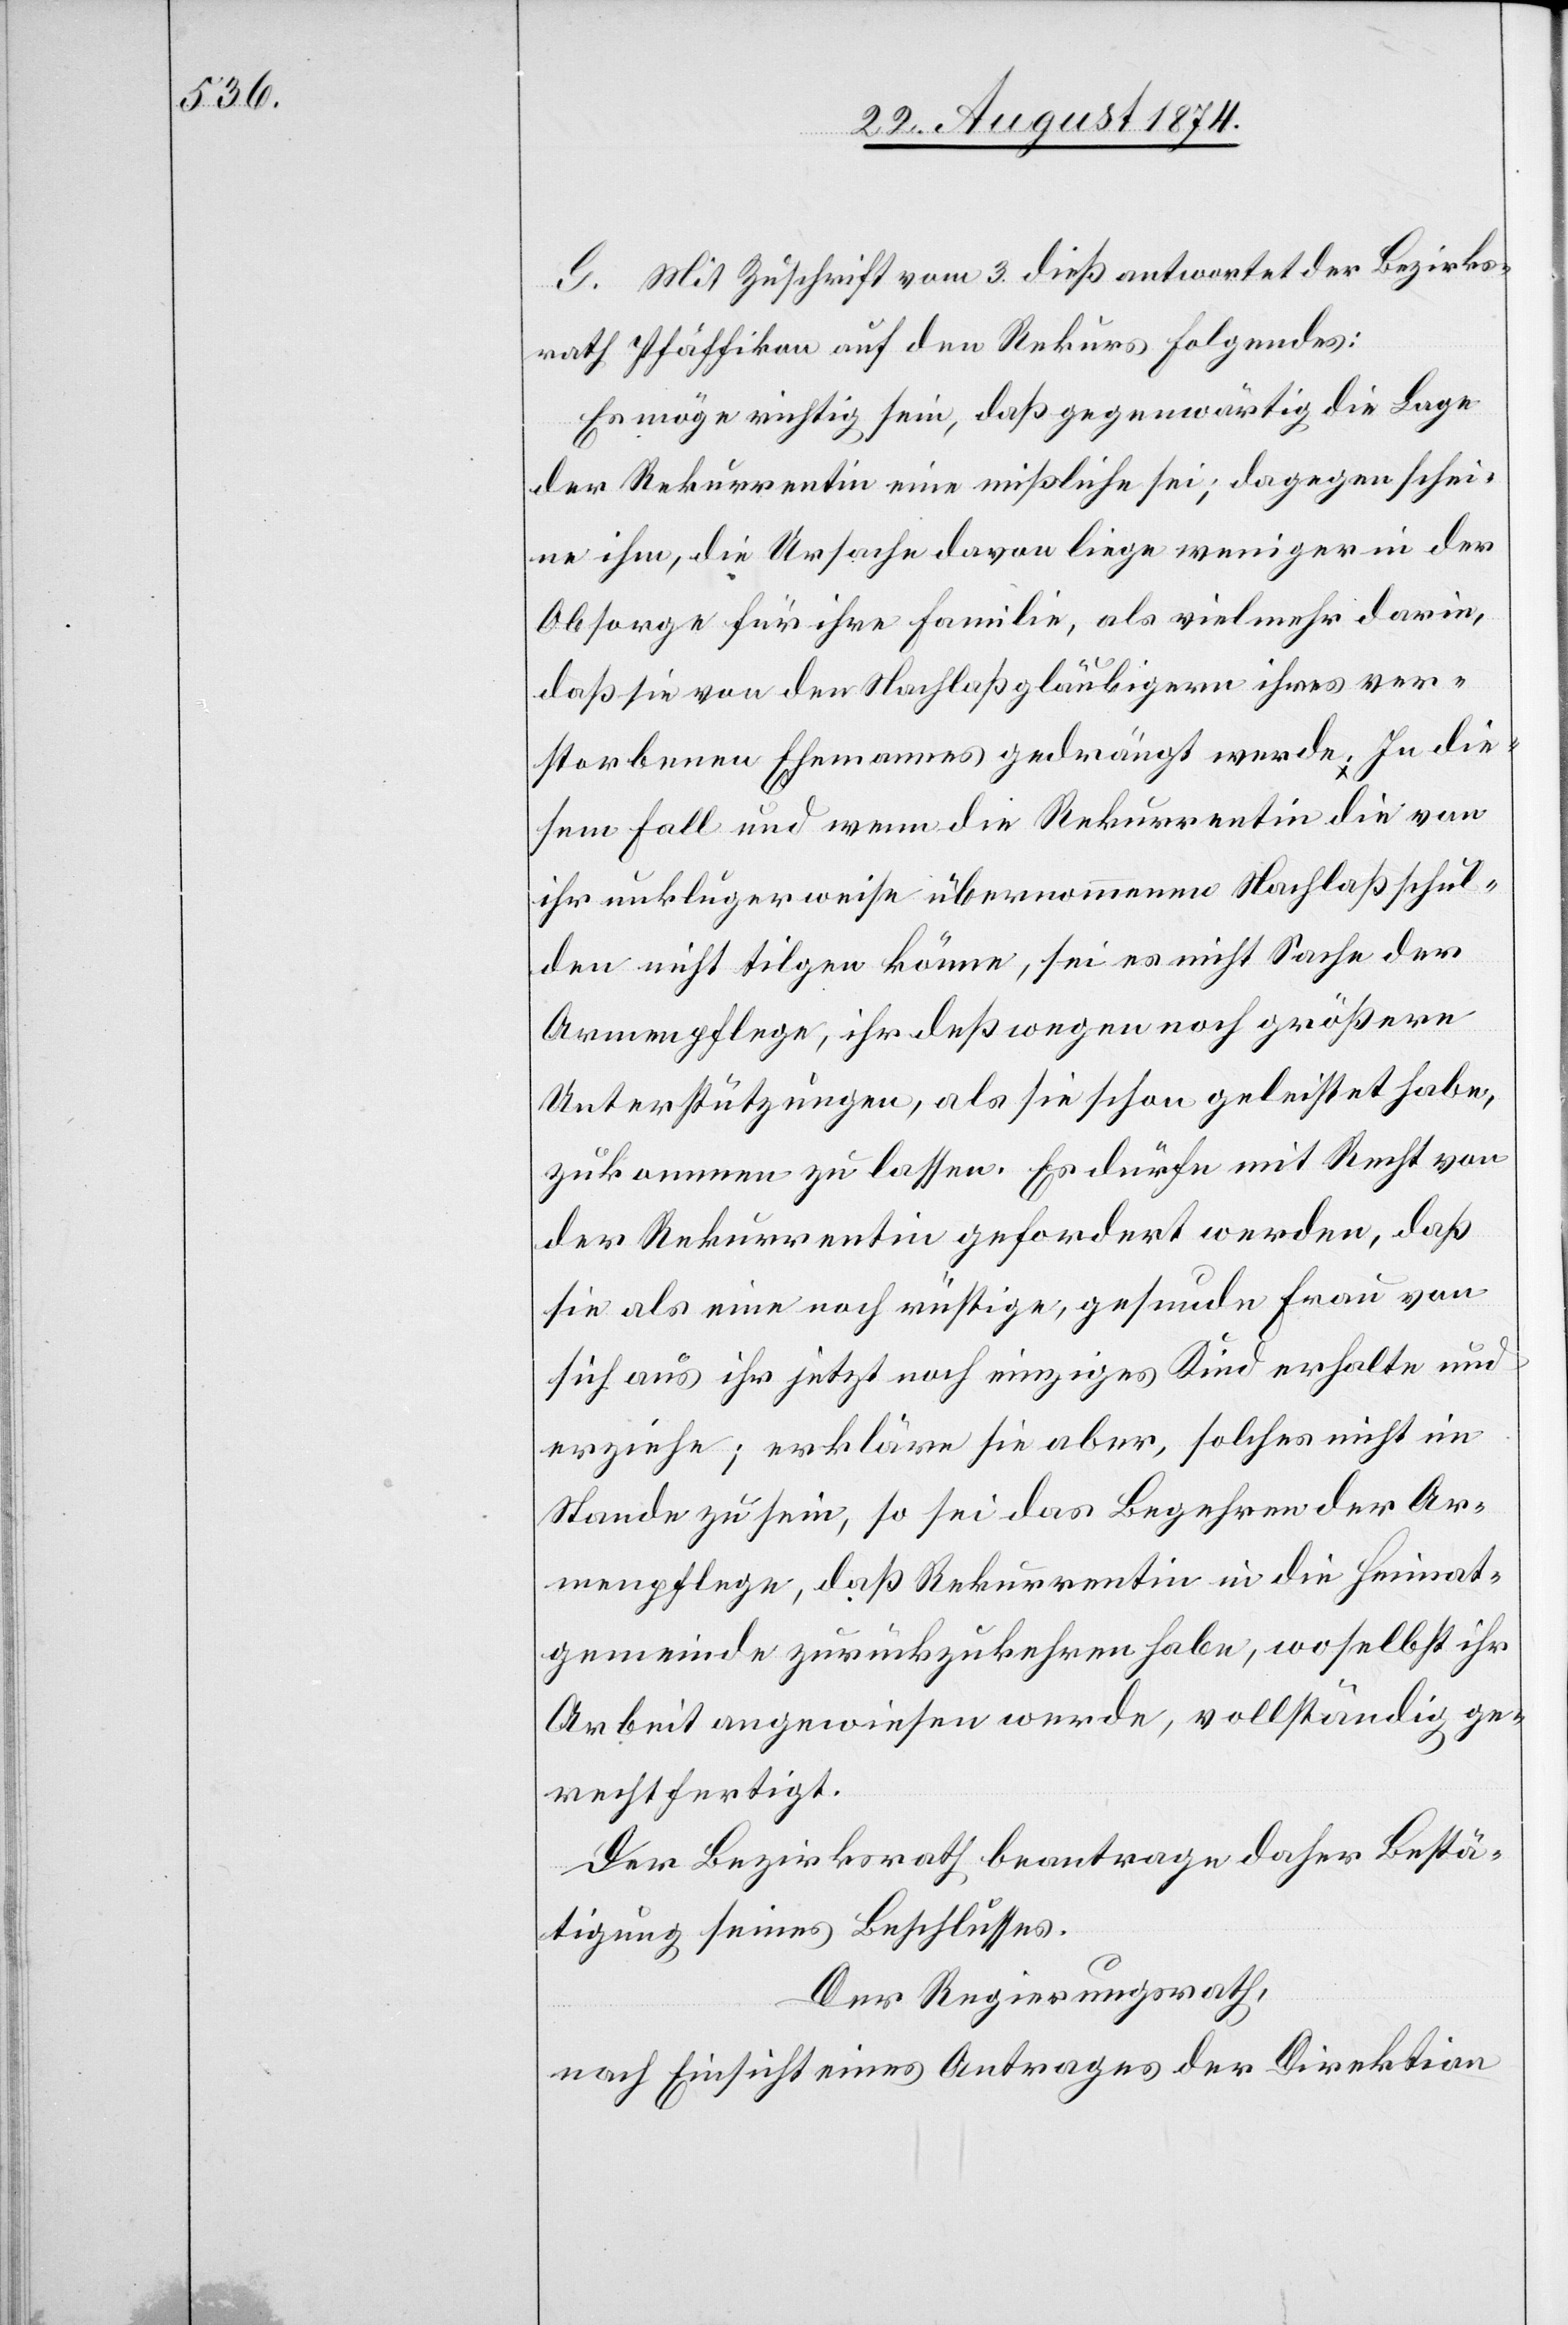
G. Mit Zuschrift vom 3. dieß antwortet der Bezirks¬
rath Pfäffikon auf den Rekurs Folgendes:
Es möge richtig sein, daß gegenwärtig die Lage
der Rekurrentin eine mißliche sei; dagegen schei¬
ne ihm, die Ursache davon liege weniger in der
Obsorge für ihre Familie, als vielmehr darin,
daß sie von der Nachlaßgläubigern ihres ver¬
storbenen Ehemannes gedrängt werde. In die¬
sem Fall und wenn die Rekurrentin die von
ihr unklugerweise übernommene Nachlaßschul¬
den nicht tilgen könne, sei es nicht Sache der
Armenpflege, ihr deßwegen noch größere
Unterstützungen, als sie schon geleistet habe,
zukommen zu lassen. Es dürfe mit Recht von
der Rekurrentin gefordert werden, daß
für als eine noch rüstige, gesunde Frau von
sich aus ihr jetzt noch einziges Kind erhalte und
erziehe; erkläre sie aber, solches nicht im
Stande zu sein, so sei das Begehren der Ar¬
menpflege, daß Rekurrentin in die Heimat¬
gemeinde zurückzukehren habe, woselbst ihr
Arbeit angewiesen werde, vollständig ge¬
rechtfertigt.
Der Bezirksrath beantrage daher Bestä¬
tigung seines Beschlusses.
Der Regierungsrath,
nach Einsicht eines Antrages der Direktion